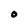
Character: O